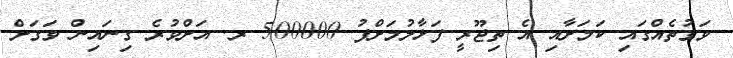
ވަގުތެއްގައި ކަމަށާއި އެ ތިޖޫރީ ފަޅާލުމަށްފު 500000 ރ. އަށްވުރެ ގިނައިން ވަގަށް